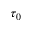
\tau _ { 0 }